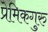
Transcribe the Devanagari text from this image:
प्रेमिकगुरु